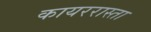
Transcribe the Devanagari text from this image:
कायररास्ता